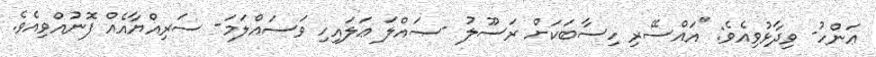
ޢަންހު- ވިދާޅުވިއެވެ: ''އައްސޭރި ހިސާބަކަށް ރަސޫލު -ޞައްލަ ޢަލައިހި ވަސައްލަމަ- ސަރިއްޔާއެއް ފޮނުއްވިއެވެ.